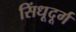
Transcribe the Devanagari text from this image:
सिंधूदूर्ग